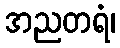
အညတရံ၊